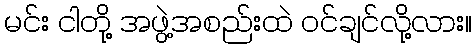
မင်း ငါတို့ အဖွဲ့အစည်းထဲ ဝင်ချင်လို့လား။